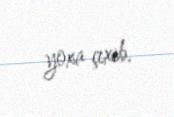
yoxa çıxıb.